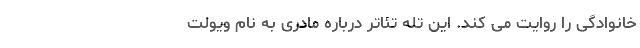
خانوادگی را روایت می کند. این تله تئاتر درباره مادری به نام ویولت